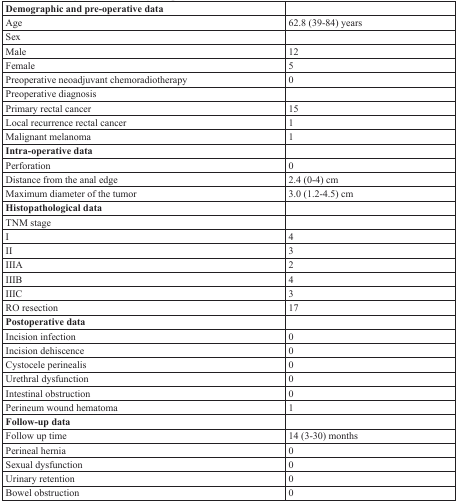
| Demographic and pre-operative data |  |
 | --- | --- |
 | Age | 62.8 (39-84) years |
 | Sex |  |
 | Male | 12 |
 | Female | 5 |
 | Preoperative neoadjuvant chemoradiotherapy | 0 |
 | Preoperative diagnosis |  |
 | Primary rectal cancer | 15 |
 | Local recurrence rectal cancer | 1 |
 | Malignant melanoma | 1 |
 | Intra-operative data |  |
 | Perforation | 0 |
 | Distance from the anal edge | 2.4 (0-4) cm |
 | Maximum diameter of the tumor | 3.0 (1.2-4.5) cm |
 | Histopathological data |  |
 | TNM stage |  |
 | I | 4 |
 | II | 3 |
 | IIIA | 2 |
 | IIIB | 4 |
 | IIIC | 3 |
 | RO resection | 17 |
 | Postoperative data |  |
 | Incision infection | 0 |
 | Incision dehiscence | 0 |
 | Cystocele perinealis | 0 |
 | Urethral dysfunction | 0 |
 | Intestinal obstruction | 0 |
 | Perineum wound hematoma | 1 |
 | Follow-up data |  |
 | Follow up time | 14 (3-30) months |
 | Perineal hernia | 0 |
 | Sexual dysfunction | 0 |
 | Urinary retention | 0 |
 | Bowel obstruction | 0 |